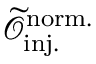
\mathcal { \widetilde { O } } _ { \mathrm { i n j . } } ^ { \mathrm { n o r m . } }